NAE_EAA_P-1039_Kommunismi_Majak_kalurikolhoos, lk 28
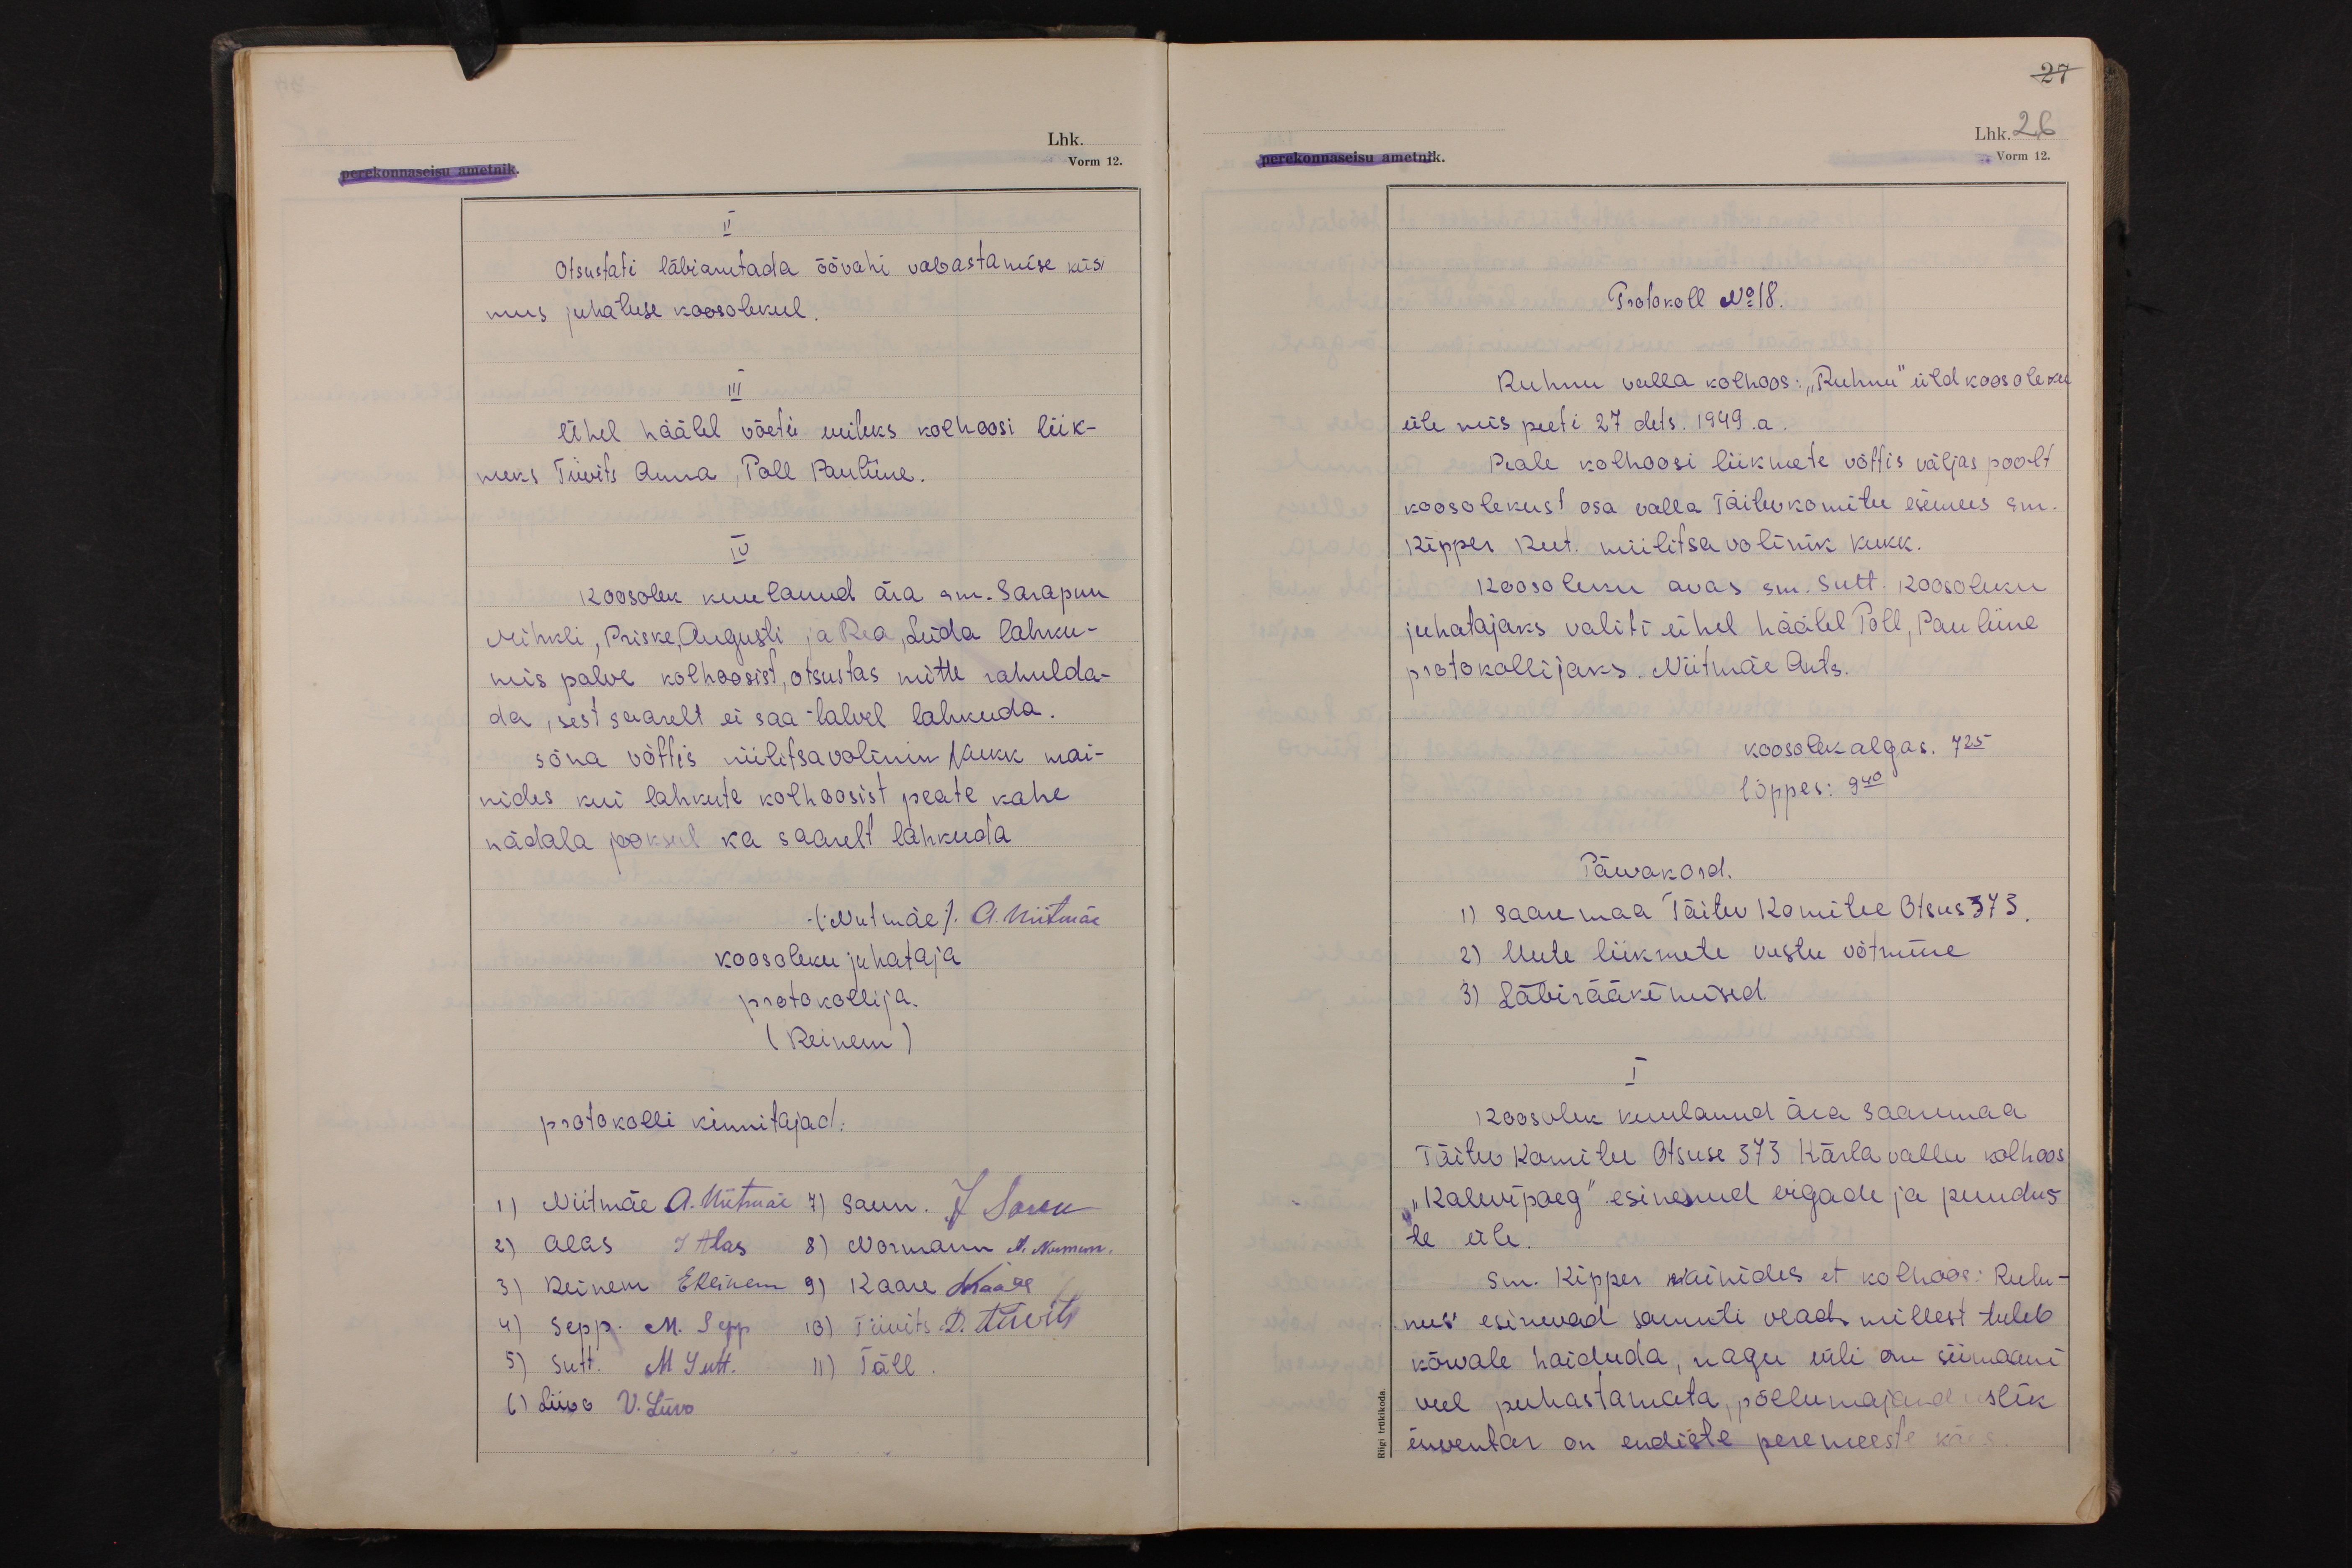
27
Lhk. 26
perekonnaseisu ametnik.
Vorm 12.

II
Otsustati läbiarutada öövahi vabastamise küsi
mus juhatuse koosolekul.
III
Ühel häälel võeti uuteks kolhoosi liik-
meks Tiivits Anna, Poll Pauliine.
IV
Koosolek kuulanud ära sm. Sarapuu
Mihkli, Priske, Augusti ja Rea, Leida lahku-
mis palve kolhoosist, otsustas mitte rahulda-
da, sest saarelt ei saa talvel lahkuda.
Sõna võttis niilitsavolinik Kukk mai-
nides kui lahkute kolhoosist peate kahe
nädala jooksul ka saarelt lahkuda
(Niitmäe) A. Niitmäe
koosoleku juhataja
protokollija.
(Reinem)
protokolli kinnitajad:
1) Niitmäe A. Niitmäe 7) Saun. J Saun
2) Alas J Alas 8) Normann A. Norman.
3) Reinem EReinem 9) Kaare LKaare
4) Sepp. M. Sepp 10) Tiivits D. Tiivits
5) Sutt. M Sutt. 11) Täll.
6) Liivo V. Liivo

Protokoll No 18.
Ruhnu valla kolhoos: "Ruhnu" üldkoosoleku
üle mis peeti 27 dets. 1949.a.
Peale kolhoosi liikmete võttis väljas poolt
koosolekust osa valla Täitevkomitee esimees sm.
Kipper Reet. miilitsavolinik Kukk.
Koosoleku avas sm. Sutt. Koosoleku
juhatajaks valiti ühel häälel Poll, Pauliine
protokollijaks. Niitmäe Ants.
koosolek algas. 7 25
lõppes: 9 40
Päevakord.
1) Saaremaa Täitev Komitee Otsus 373.
2) Uute liikmete vastu võtmine
3) Läbirääkimised.
I
Koosolek kuulanud ära Saaremaa
Täitev Komitee Otsuse 373 Kärla valla kolhoos
"Kalevipoeg" esinenud vigade ja puudus-
te üle.
sm. Kipper mainides et kolhoos: Ruh-
nus esinevad samuti vead, millest tuleb
kõrvale hoiduda, nagu vili on siimaani
veel puhastamata, põllumajanduslik
inventar on endiste peremeeste käes.